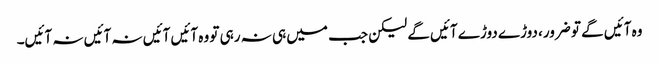
وہ آئیں گے تو ضرور، دوڑے دوڑے آئیں گے لیکن جب میں ہی نہ رہی تو وہ آئیں آئیں نہ آئیں نہ آئیں۔